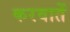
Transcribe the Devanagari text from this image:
करवातें